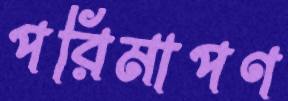
পরিমাপণ